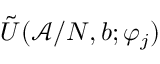
\tilde { U } ( \mathcal { A } / N , b ; \varphi _ { j } )